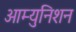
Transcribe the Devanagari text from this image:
आम्युनिशन